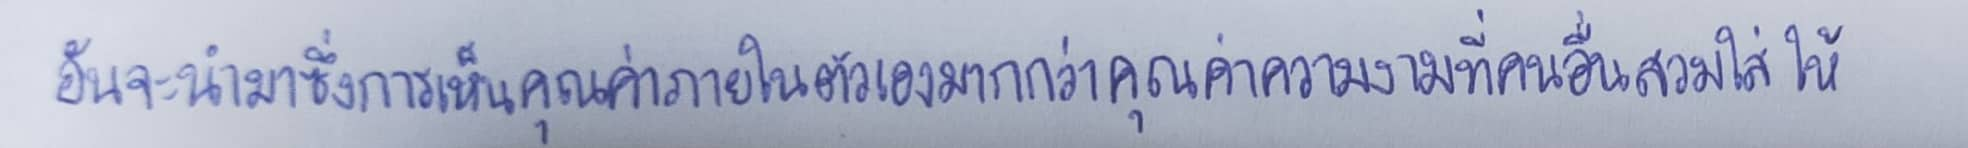
อันจะนำมาซึ่งการเห็นคุณค่าภายในตัวเองมากกว่าคุณค่าความงามที่คนอื่นสวมใส่ให้